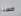
حسنا